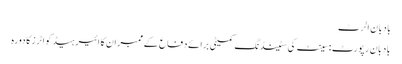
بادبان الرٹ
بادبان رپورٹ : سینٹ کی سٹینڈنگ کمیٹی برائے دفاع کے ممبران کا ائیر ہیڈ کواٹرز کا دورہ